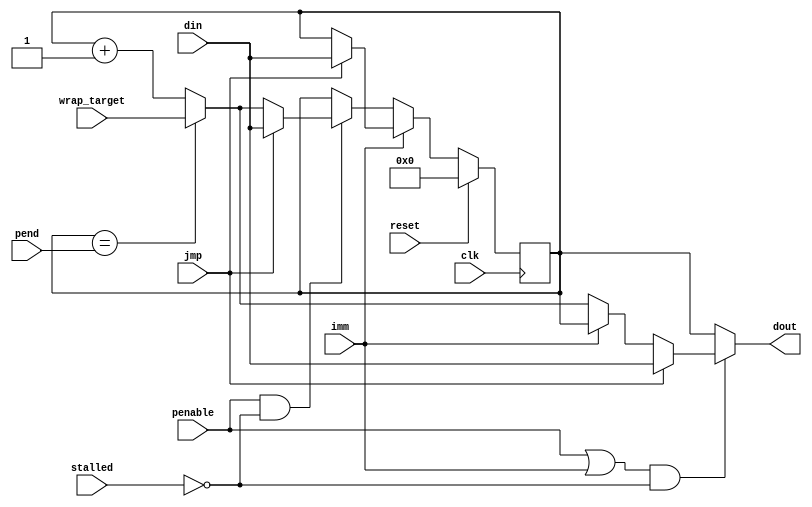
// This program was cloned from: https://github.com/buncram/cram-soc
// License: CERN Open Hardware Licence Version 2 - Weakly Reciprocal

// SPDX-FileCopyrightText: 2022 Lawrie Griffiths
// SPDX-License-Identifier: BSD-2-Clause

// `default_nettype none
module pio_pc (
  input        clk,
  input        penable,
  input        reset,
  input [4:0]  din,
  input        jmp,
  input [4:0]  pend,
  input        stalled,
  input [4:0]  wrap_target,
  input        imm,
  output [4:0] dout
);

  reg [4:0] index = 0;

  assign dout = ((penable || imm) && !stalled) ?
        (jmp ?
          din // PC will get jmp target, even if IMM
          : imm ?
              index  // PC does not increment if it's an IMM and not a JMP
              : (index == pend) ? wrap_target : index + 1)
        : index;

  always @(posedge clk) begin
    if (reset)
      index <= 0;
    else if (imm) begin
      if (jmp)
        index <= din;
    end else if (penable && !stalled) begin
      if (jmp)
        index <= din;
      else
        index <= index == pend ? wrap_target : index + 1;
    end
  end

endmodule